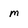
Character: m